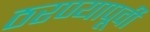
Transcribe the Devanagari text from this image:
ठरण्यापूर्वी